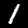
Digit: 1